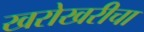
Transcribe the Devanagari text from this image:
खरोखरीचा